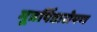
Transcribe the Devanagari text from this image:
मूत्रपिंडारोपण